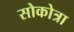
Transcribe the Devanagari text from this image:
सोकोत्रा